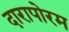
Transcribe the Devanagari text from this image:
दारापोरम